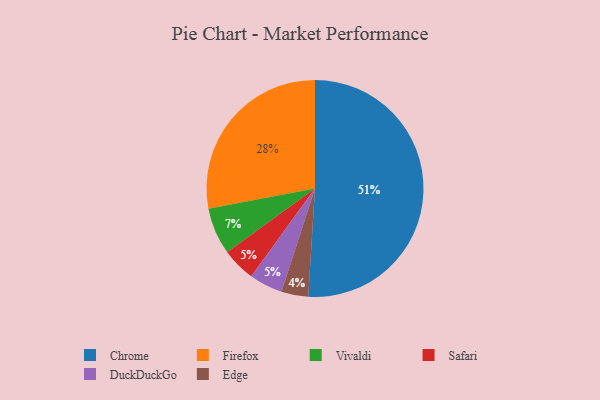
{"axis": {"x": "Category", "y": "Percentage"}, "legend": ["Chrome", "DuckDuckGo", "Edge", "Firefox", "Safari", "Vivaldi"], "data": [{"x": "Vivaldi", "y": 7, "type": "Vivaldi"}, {"x": "Safari", "y": 5, "type": "Safari"}, {"x": "Edge", "y": 4, "type": "Edge"}, {"x": "Chrome", "y": 51, "type": "Chrome"}, {"x": "DuckDuckGo", "y": 5, "type": "DuckDuckGo"}, {"x": "Firefox", "y": 28, "type": "Firefox"}]}